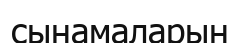
сынамаларын